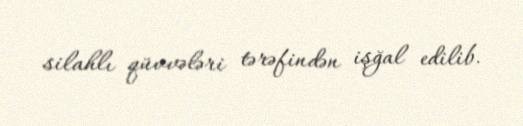
silahlı qüvvələri tərəfindən işğal edilib.